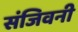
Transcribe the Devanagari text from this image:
संजिवनी